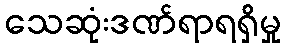
သေဆုံးဒဏ်ရာရရှိမှု